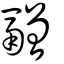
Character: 䰝